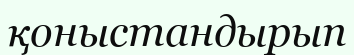
қоныстандырып